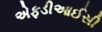
એફડીઆઈસી